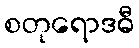
စတုရောဒဓီ